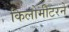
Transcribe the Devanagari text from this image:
किलोमीटरने